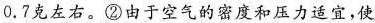
0.7克左右。②由于空气的密度和压力适宜，使